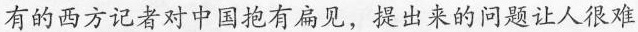
有的西方记者对中国抱有扁见，提出来的问题让人很难